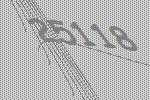
25118